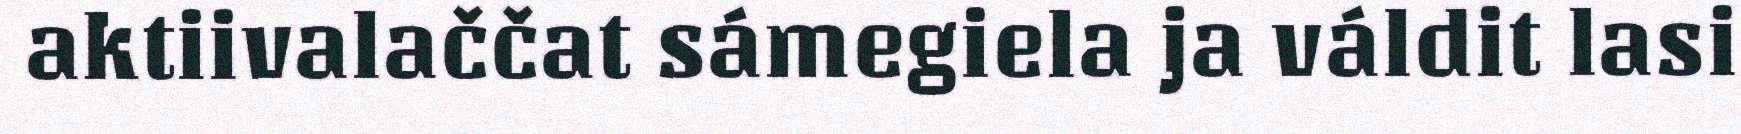
aktiivalaččat sámegiela ja váldit lasi